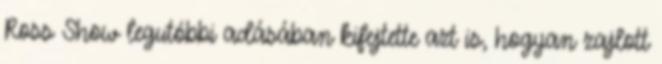
Ross Show legutóbbi adásában kifejtette azt is, hogyan zajlott